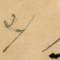
٣